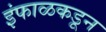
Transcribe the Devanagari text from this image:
इंफाळकडून